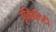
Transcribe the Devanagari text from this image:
इक्विलिटी